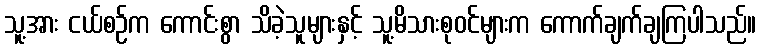
သူ့အား ငယ်စဉ်က ကောင်းစွာ သိခဲ့သူများနှင့် သူ့မိသားစုဝင်များက ကောက်ချက်ချကြပါသည်။